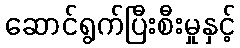
ဆောင်ရွက်ပြီးစီးမှုနှင့်